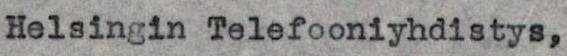
Helsingin Telefooniyhdistys,